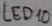
Text: LED10